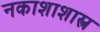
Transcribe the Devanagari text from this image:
नकाशाशास्त्र